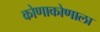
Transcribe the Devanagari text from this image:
कोणाकोणाला